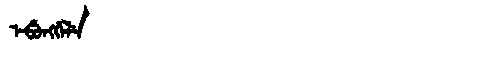
Manchu: ᡝᠪᡠᠩᡤᡝᠯᡝ
Romanization: EBUNGGELE